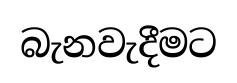
බැනවැදීමට